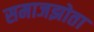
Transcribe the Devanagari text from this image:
समाजझोता